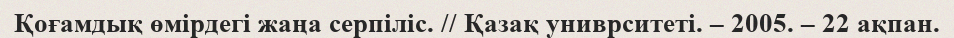
Қоғамдық өмірдегі жаңа серпіліс. // Қазақ униврситеті. – 2005. – 22 ақпан.